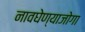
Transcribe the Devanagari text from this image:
नावघेण्याजोगा